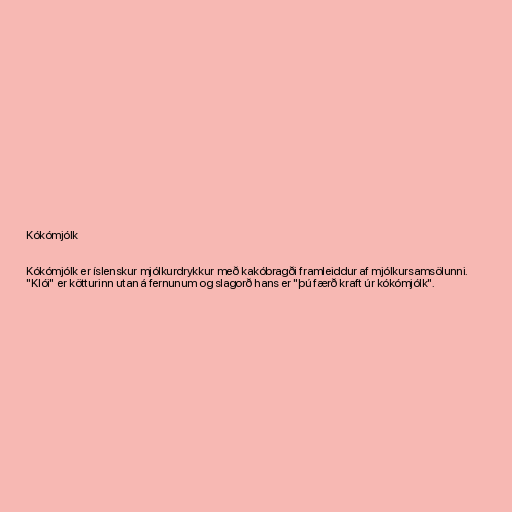
Kókómjólk

Kókómjólk er íslenskur mjólkurdrykkur með kakóbragði framleiddur af mjólkursamsölunni.
"Klói" er kötturinn utan á fernunum og slagorð hans er "þú færð kraft úr kókómjólk".